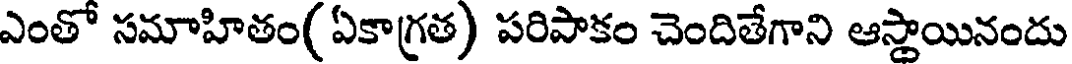
ఎంతో సమాహితం( ఏకాగ్రత) పరిపాకం చెందితేగాని ఆస్తాయినందు